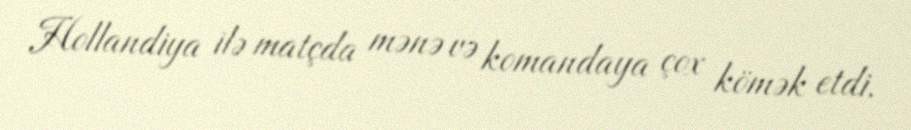
Hollandiya ilə matçda mənə və komandaya çox kömək etdi.